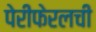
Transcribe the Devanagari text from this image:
पेरीफेरलची